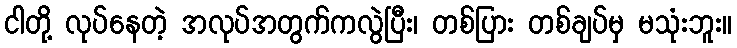
ငါတို့ လုပ်နေတဲ့ အလုပ်အတွက်ကလွဲပြီး၊ တစ်ပြား တစ်ချပ်မှ မသုံးဘူး။